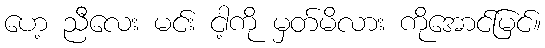
ဟေ့ ညီလေး မင်း ငါ့ကို မှတ်မိလား ကိုအောင်မြင်။